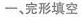
一、完形填空